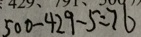
5 0 0 - 4 2 9 - 5 = 7 6